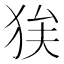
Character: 𭸉